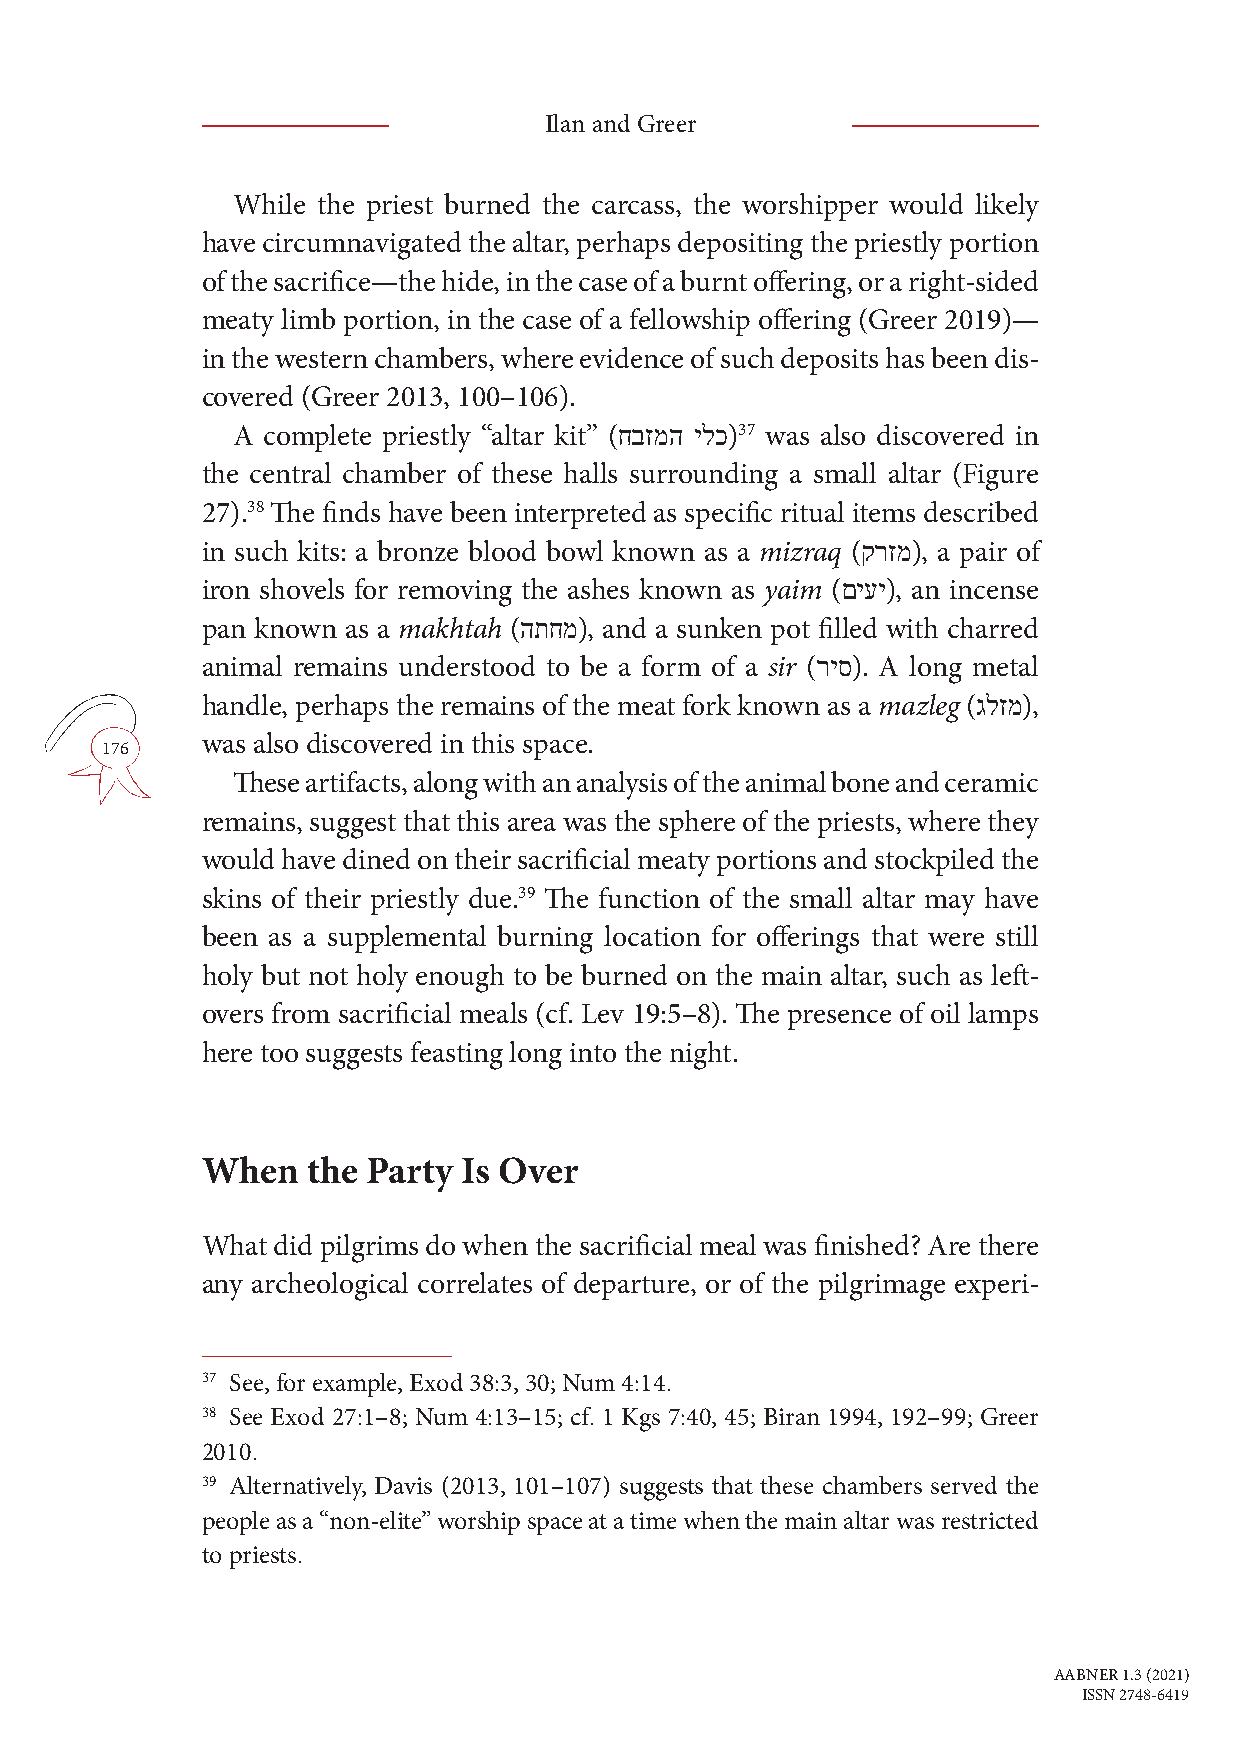
Ilan and Greer
 While the priest burned the carcass, the worshipper would likely
 have circumnavigated the altar, perhaps depositing the priestly portion
 of the sacrifice—the hide, in the case of a burnt offering, or a right-sided
 meaty limb portion, in the case of a fellowship offering (Greer 2019)—
 in the western chambers, where evidence of such deposits has been dis-
 covered (Greer 2013, 100–106).
 A complete priestly “altar kit” (חבזמה ילכ)37 was also discovered in
 the central chamber of these halls surrounding a small altar (Figure
 27).38 The finds have been interpreted as specific ritual items described
 in such kits: a bronze blood bowl known as a mizraq (קרזמ), a pair of
 iron shovels for removing the ashes known as yaim (םיעי), an incense
 pan known as a makhtah (התחמ), and a sunken pot filled with charred
 animal remains understood to be a form of a sir (ריס). A long metal
 handle, perhaps the remains of the meat fork known as a mazleg (גלזמ),
 was also discovered in this space.
 176
 These artifacts, along with an analysis of the animal bone and ceramic
 remains, suggest that this area was the sphere of the priests, where they
 would have dined on their sacrificial meaty portions and stockpiled the
 skins of their priestly due.39 The function of the small altar may have
 been as a supplemental burning location for offerings that were still
 holy but not holy enough to be burned on the main altar, such as left-
 overs from sacrificial meals (cf. Lev 19:5–8). The presence of oil lamps
 here too suggests feasting long into the night.
 When   the Party  Is Over
 What did pilgrims do when the sacrificial meal was finished? Are there
 any archeological correlates of departure, or of the pilgrimage experi-
 37 See, for example, Exod 38:3, 30; Num 4:14.
 38 See Exod 27:1–8; Num 4:13–15; cf. 1 Kgs 7:40, 45; Biran 1994, 192–99; Greer
 2010.
 39 Alternatively, Davis (2013, 101–107) suggests that these chambers served the
 people as a “non-elite” worship space at a time when the main altar was restricted
 to priests.
 AABNER 1.3 (2021)
 ISSN 2748-6419